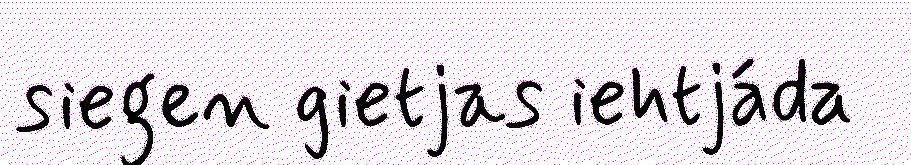
siegen gietjas iehtjáda